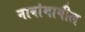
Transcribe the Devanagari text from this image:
नावांमागील